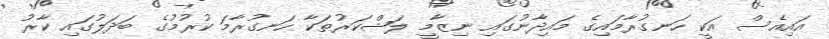
އައިއެސް އަކީ ހަނގުރާމައިގެ މައިދާނުގައި ނިޒާމީ ލަޝްކަރުތަކާ ހަނގުރާމަ ކުރުމުގެ ބަދަލުގައި ކާރު